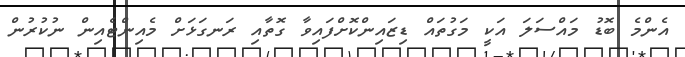
އެންމެ ބޮޑު މައްސަލަ އަކީ މަގުތައް ޑިޒައިންކޮށްފައިވާ ގޮތާއި ރަނގަޅަށް މެއިންޓެއިން ނުކުރުން